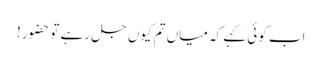
اب کوئی کہے کہ میاں تم کیوں جل رہے تو حضور!